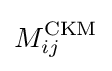
M_{ij}^{\mathrm {CKM} }